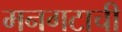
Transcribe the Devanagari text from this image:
मनगटाची